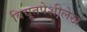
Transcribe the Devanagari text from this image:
विद्युतपेशीलेख